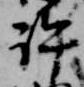
許